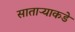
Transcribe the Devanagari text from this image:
साताऱ्याकडे